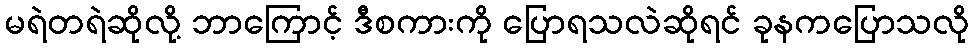
မရဲတရဲဆိုလို့ ဘာကြောင့် ဒီစကားကို ပြောရသလဲဆိုရင် ခုနကပြောသလို